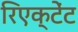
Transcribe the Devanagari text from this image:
रिएक्टेंट